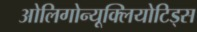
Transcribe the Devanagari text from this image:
ओलिगोन्यूक्लियोटिड्स